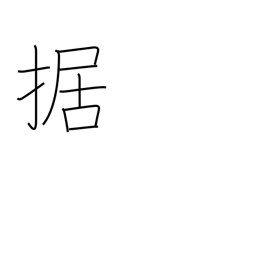
Meaning: equip